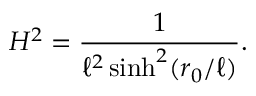
H ^ { 2 } = { \frac { 1 } { \ell ^ { 2 } \sinh ^ { 2 } ( r _ { 0 } / \ell ) } } .